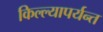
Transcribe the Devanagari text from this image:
किल्ल्यापर्यन्त